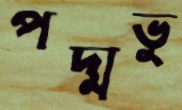
পদ্মভু